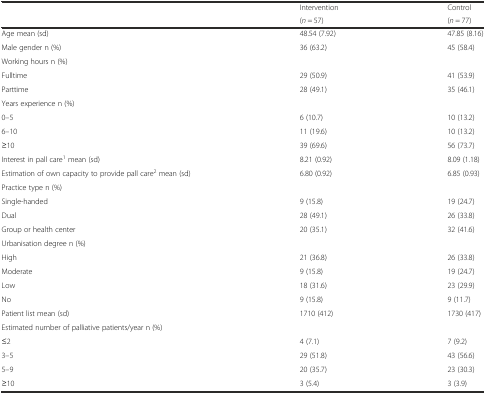
| <ROWSPAN=2>  | Intervention | Control |
 | (n = 57) | (n = 77) |
 | --- | --- | --- |
 | Age mean (sd) | 48.54 (7.92) | 47.85 (8.16) |
 | Male gender n (%) | 36 (63.2) | 45 (58.4) |
 | Working hours n (%) |  |  |
 | Fulltime | 29 (50.9) | 41 (53.9) |
 | Parttime | 28 (49.1) | 35 (46.1) |
 | Years experience n (%) |  |  |
 | 0–5 | 6 (10.7) | 10 (13.2) |
 | 6–10 | 11 (19.6) | 10 (13.2) |
 | ≥10 | 39 (69.6) | 56 (73.7) |
 | Interest in pall care1 mean (sd) | 8.21 (0.92) | 8.09 (1.18) |
 | Estimation of own capacity to provide pall care2 mean (sd) | 6.80 (0.92) | 6.85 (0.93) |
 | Practice type n (%) |  |  |
 | Single-handed | 9 (15.8) | 19 (24.7) |
 | Dual | 28 (49.1) | 26 (33.8) |
 | Group or health center | 20 (35.1) | 32 (41.6) |
 | Urbanisation degree n (%) |  |  |
 | High | 21 (36.8) | 26 (33.8) |
 | Moderate | 9 (15.8) | 19 (24.7) |
 | Low | 18 (31.6) | 23 (29.9) |
 | No | 9 (15.8) | 9 (11.7) |
 | Patient list mean (sd) | 1710 (412) | 1730 (417) |
 | Estimated number of palliative patients/year n (%) |  |  |
 | ≤2 | 4 (7.1) | 7 (9.2) |
 | 3–5 | 29 (51.8) | 43 (56.6) |
 | 5–9 | 20 (35.7) | 23 (30.3) |
 | ≥10 | 3 (5.4) | 3 (3.9) |